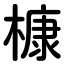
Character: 槺